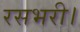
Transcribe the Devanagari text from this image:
रसभरी।